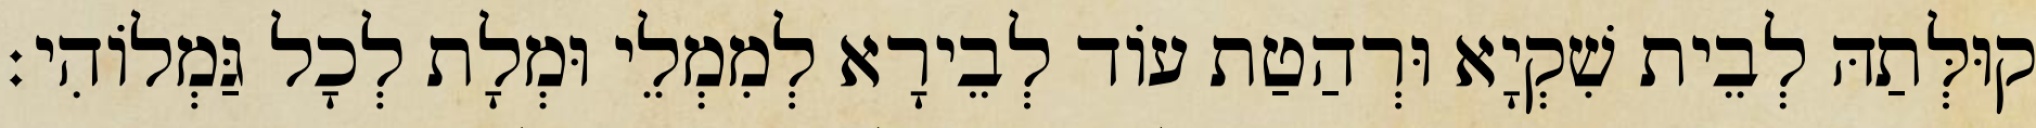
קוּלְּתַהּ לְבֵית שִׁקְיָא וּרְהַטַת עוֹד לְבֵירָא לְמִמְלֵי וּמְלָת לְכָל גַּמְלוֹהִי׃